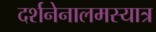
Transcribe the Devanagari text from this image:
दर्शनेनालमस्यात्र